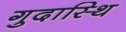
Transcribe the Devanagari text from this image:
गुदास्थि